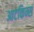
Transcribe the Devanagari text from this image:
आटकिन्स